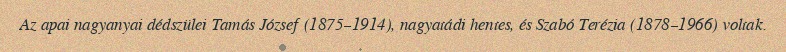
Az apai nagyanyai dédszülei Tamás József (1875–1914), nagyatádi hentes, és Szabó Terézia (1878–1966) voltak.